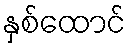
နှစ်ထောင်